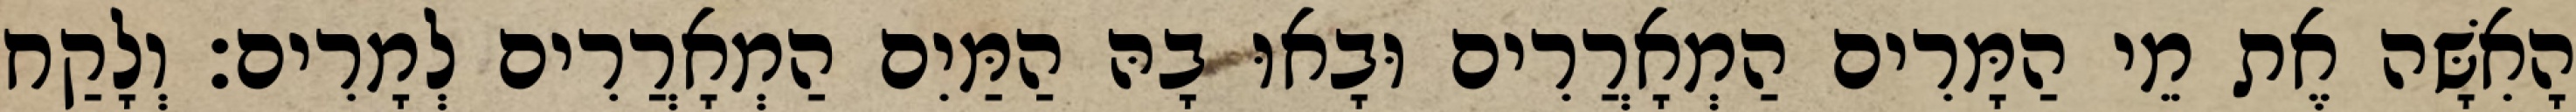
הָאִשָּׁה אֶת מֵי הַמָּרִים הַמְאָרֲרִים וּבָאוּ בָהּ הַמַּיִם הַמְאָרֲרִים לְמָרִים׃ וְלָקַח